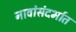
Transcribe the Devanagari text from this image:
नावांसंदर्भात